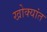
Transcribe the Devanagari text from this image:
खोक्यांत